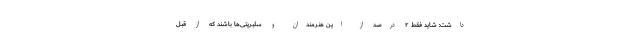
داشت: شاید فقط ۲ درصد از این هنرمندان و سلبریتی‌ها باشند که از قبل